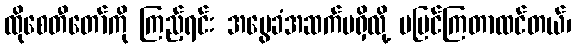
ထိုစေတီတော်ကို ကြည့်ရင်း အမွေခံအဆက်မရှိလို့ မပြင်ကြတာထင်တယ်၊